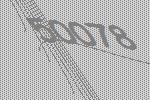
50078